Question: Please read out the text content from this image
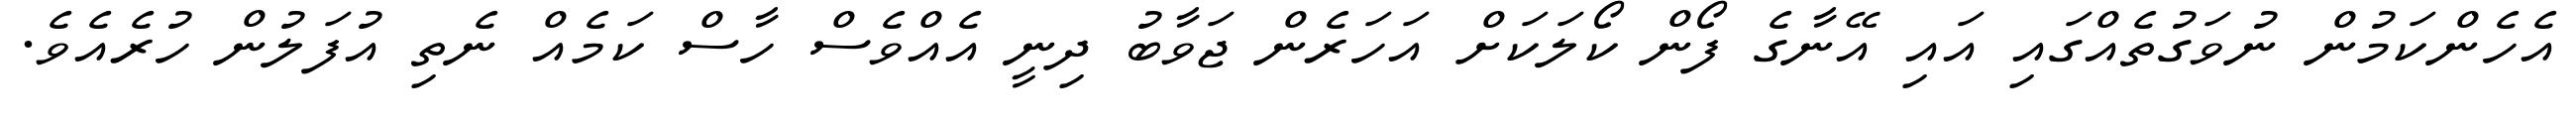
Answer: އެހެންކަމުން ނުވަގުތެއްގައި އައި އޭނާގެ ފޯން ކޯލަކަށް އަހަރެން ޖަވާބު ދިނީ އެއްވެސް ހާސް ކަމެއް ނެތި އުފަލުން ހުރެއެވެ.